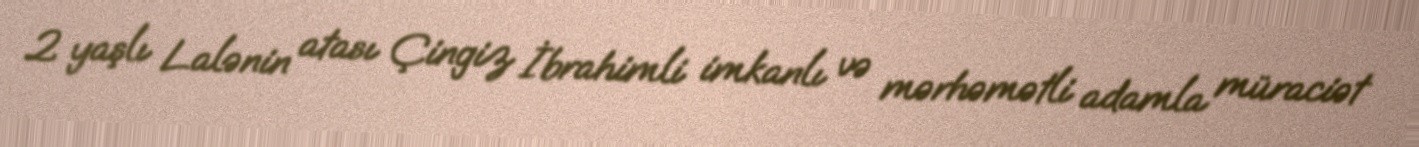
2 yaşlı Lalənin atası Çingiz İbrahimli imkanlı və mərhəmətli adamla müraciət